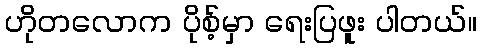
ဟိုတလောက ပိုစ့်မှာ ရေးပြဖူး ပါတယ်။